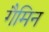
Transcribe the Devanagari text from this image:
गैमिन